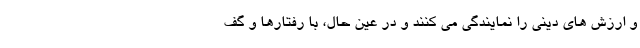
و ارزش های دینی را نمایندگی می کنند و در عین حال، با رفتارها و گف